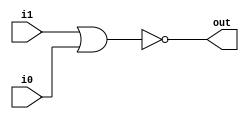
module Nor(output out, input i1, input i0);
//declaring temps
wire i1_or_i0;
//modelling the circuit
or(i1_or_i0,i1,i0);
not(out,i1_or_i0);
endmodule